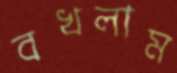
বখলাম